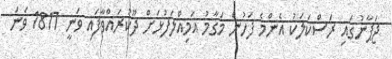
ޖަޕާނުގައި ރަސްކަލަކު އެންމެ ފަހުން މަގާމު އަމިއްލަފުޅަށް ދޫކުރައްވާފައި ވަނީ 1817 ވަނަ